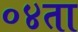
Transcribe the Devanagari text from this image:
०४ता